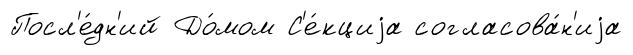
Посл'е́дн'ий До́мом С'е́кциjа согласова́н'иjа